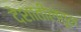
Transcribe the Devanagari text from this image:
देशातीलतून